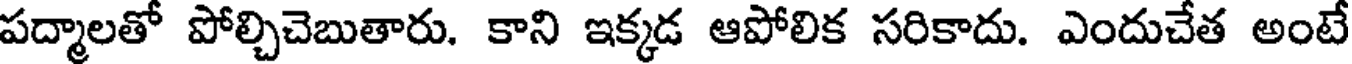
పద్మాలతో పోల్చిచెబుతారు. కాని ఇక్కడ ఆపోలిక సరికాదు. ఎందుచేత అంటే